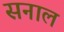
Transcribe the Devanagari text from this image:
सनाल